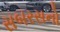
સબરસનો